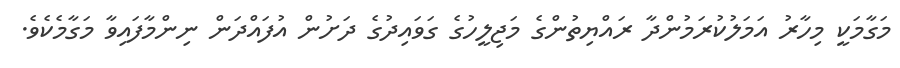
މަގާމަކީ މިހާރު އަމަލުކުރަމުންދާ ރައްޔިތުންގެ މަޖިލީހުގެ ގަވައިދުގެ ދަށުން އުފައްދަން ނިންމާފައިވާ މަގާމެކެވެ.